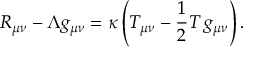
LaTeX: R _ { \mu \nu } - \Lambda g _ { \mu \nu } = \kappa \left( T _ { \mu \nu } - { \frac { 1 } { 2 } } T \, g _ { \mu \nu } \right) .